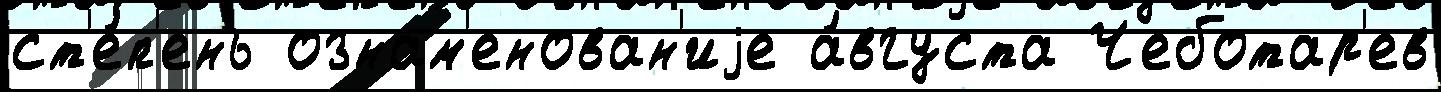
ст'е́п'ень ознам'енован'иjе а́вгуста Чеботар'ев